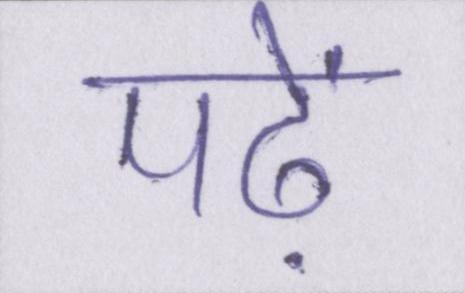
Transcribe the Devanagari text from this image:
पढ़ें